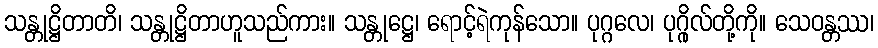
သန္တုဋ္ဌိတာတိ၊ သန္တုဋ္ဌိတာဟူသည်ကား။ သန္တုဋ္ဌေ၊ ရောင့်ရဲကုန်သော။ ပုဂ္ဂလေ၊ ပုဂ္ဂိုလ်တို့ကို။ သေဝန္တဿ၊